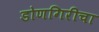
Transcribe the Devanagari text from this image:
डोणगिरीचा